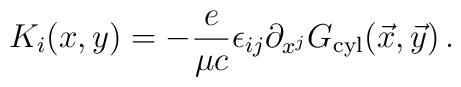
K_i(x,y) = - {e \over \mu c} \epsilon_{ij} \partial_{x^j}G_{\rm cyl}(\vec x, \vec y)\,.